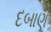
દબાણ